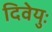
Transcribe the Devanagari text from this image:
दिवेयुः